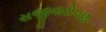
સજીવારોપણ